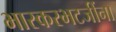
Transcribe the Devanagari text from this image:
भास्करभटजींना